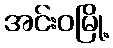
အင်းဝမြို့